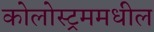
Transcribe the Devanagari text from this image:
कोलोस्ट्रममधील